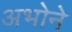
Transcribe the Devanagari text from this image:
अभोने